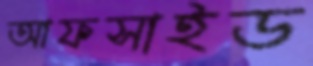
আফসাইড